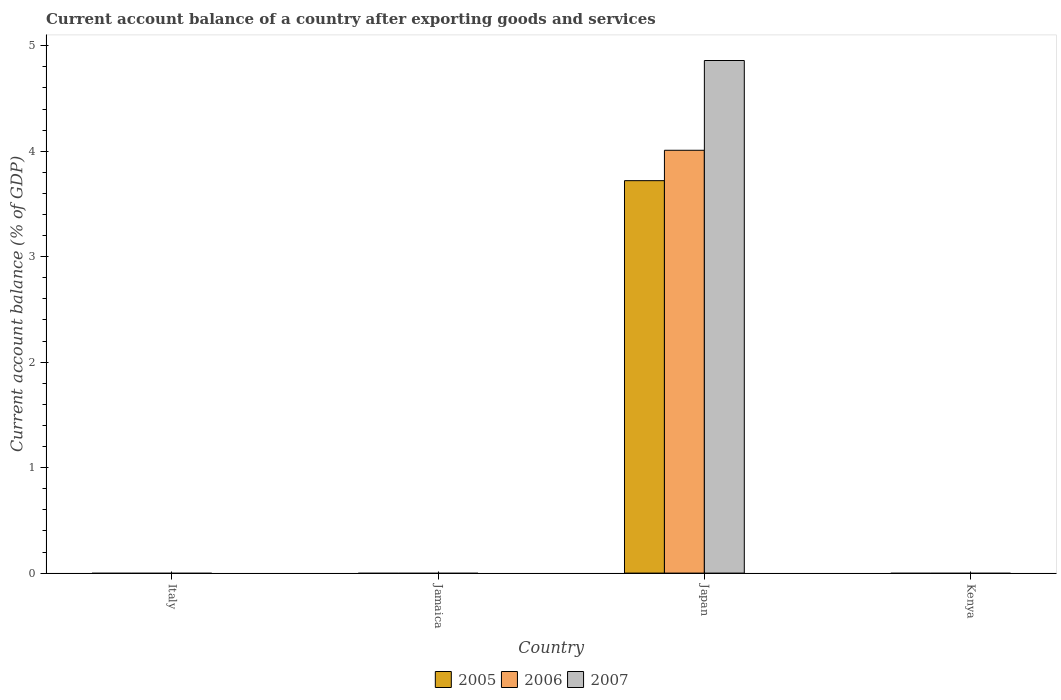
| Country | 2005 | 2006 | 2007 |
 | --- | --- | --- | --- |
 | Italy | -1.6 | -2.46 | -2.34 |
 | Jamaica | -9.56 | -9.94 | -15.9 |
 | Japan | 3.72 | 4.01 | 4.86 |
 | Kenya | -1.35 | -1.98 | -3.23 |